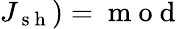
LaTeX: J_{\mathrm{~s~h~}})=\mathrm{~m~o~d~}